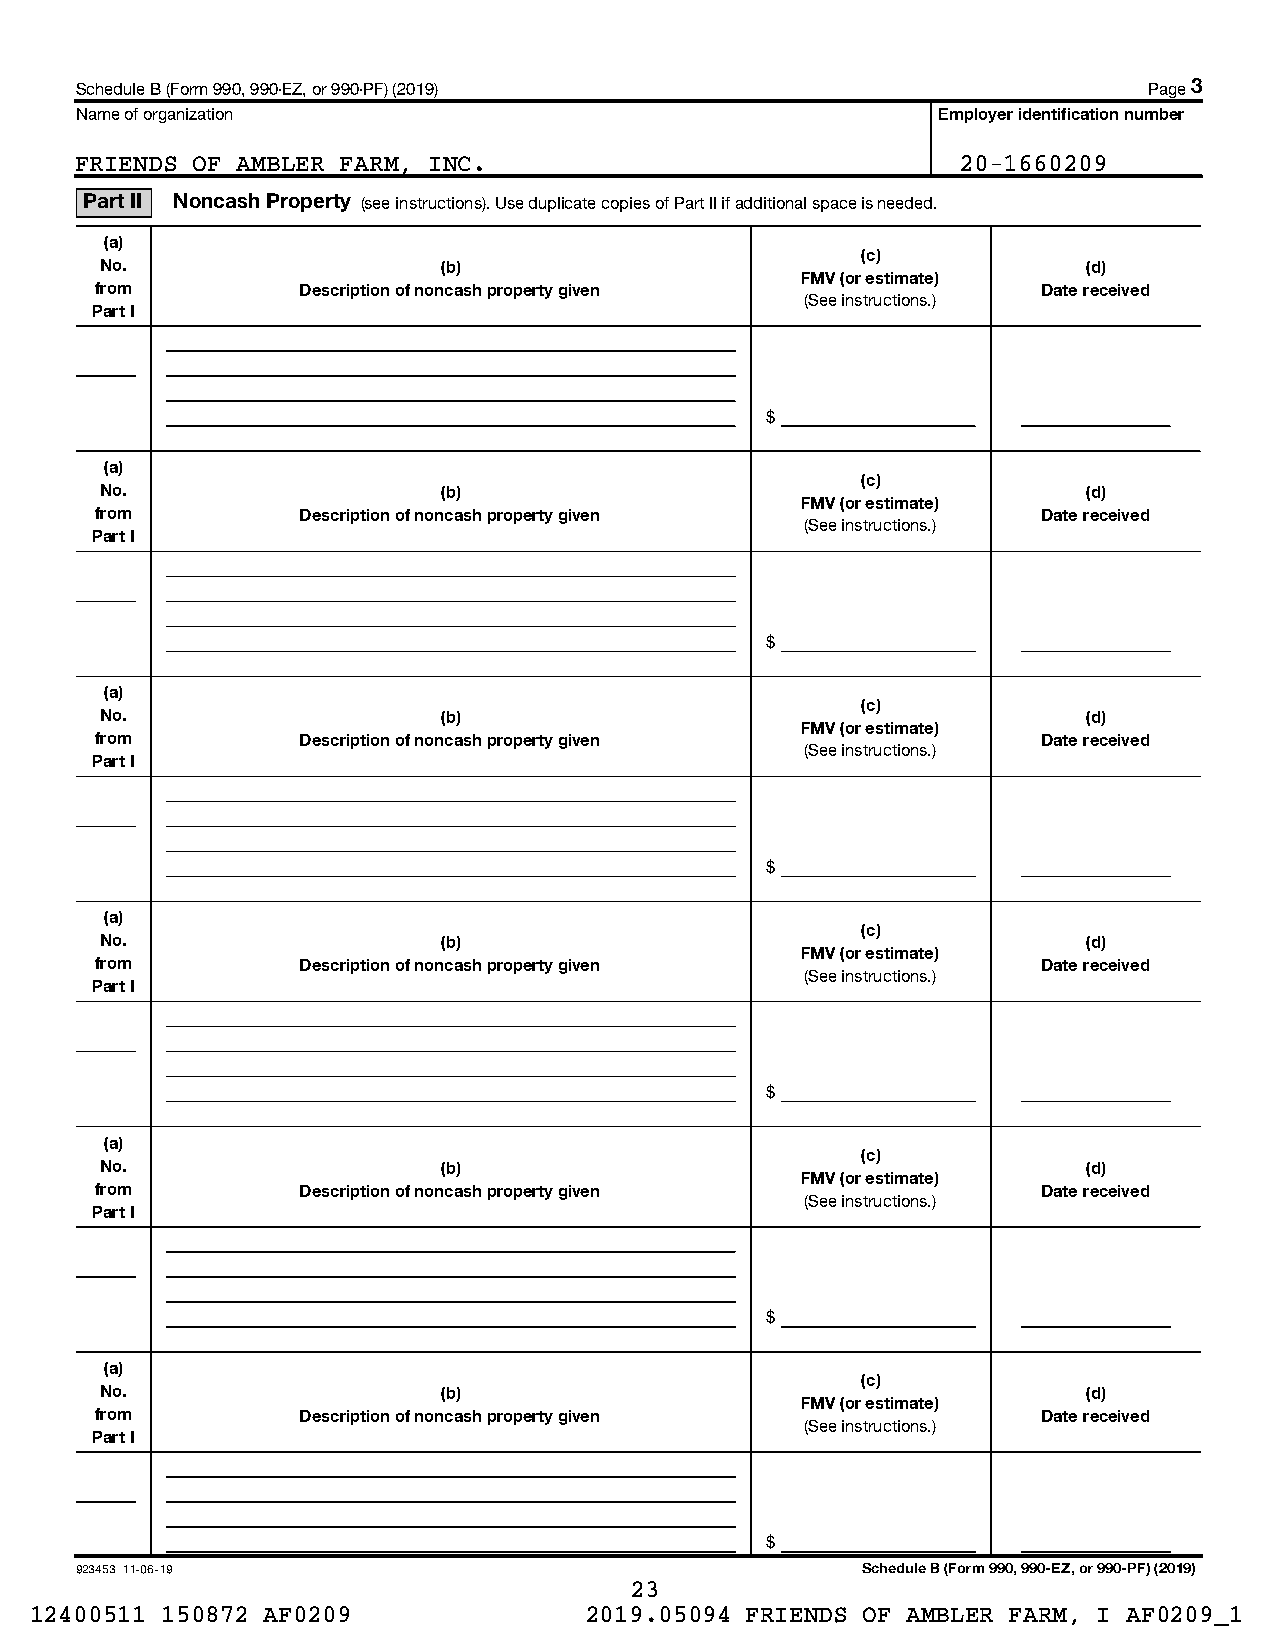
Schedule B (Form 990, 990-EZ, or 990-PF) (2019)                        Page 3
 Name of organization                                     Employer identification number
 FRIENDS OF AMBLER FARM, INC.                               20-1660209
 Part II Noncash Property (see instructions). Use duplicate copies of Part II if additional space is needed.
 (a)
 (c)
 No.                   (b)                                        (d)
 FMV (or estimate)
 from          Description of noncash property given            Date received
 (See instructions.)
 Part I
 $
 (a)
 (c)
 No.                   (b)                                        (d)
 FMV (or estimate)
 from          Description of noncash property given            Date received
 (See instructions.)
 Part I
 $
 (a)
 (c)
 No.                   (b)                                        (d)
 FMV (or estimate)
 from          Description of noncash property given            Date received
 (See instructions.)
 Part I
 $
 (a)
 (c)
 No.                   (b)                                        (d)
 FMV (or estimate)
 from          Description of noncash property given            Date received
 (See instructions.)
 Part I
 $
 (a)
 (c)
 No.                   (b)                                        (d)
 FMV (or estimate)
 from          Description of noncash property given            Date received
 (See instructions.)
 Part I
 $
 (a)
 (c)
 No.                   (b)                                        (d)
 FMV (or estimate)
 from          Description of noncash property given            Date received
 (See instructions.)
 Part I
 $
 923453 11-06-19                                     Schedule B (Form 990, 990-EZ, or 990-PF) (2019)
 23
 12400511 150872 AF0209               2019.05094 FRIENDS OF AMBLER FARM, I AF0209_1